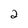
Character: 2